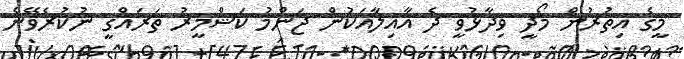
މީގެ އިތުރުން މޯދީ ވިދާޅުވީ ދެ އާއިލާއަކުން ޖަންމު ކަޝްމީރު ތަރައްގީ ނުކުރެވޭނެ